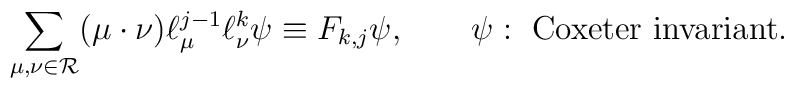
\sum_{\mu,\nu\in{\cal R}}(\mu\cdot\nu)\ell_\mu^{j-1}\ell^k_\nu\psi\equiv F_{k,j}\psi,\qquad \psi:\ \mbox{Coxeter invariant}.